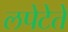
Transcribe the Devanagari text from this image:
लपेटेते